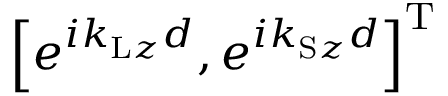
\left[ e ^ { i k _ { \mathrm { L } z } d } , e ^ { i k _ { \mathrm { S } z } d } \right] ^ { \mathrm { T } }